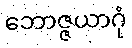
ဘောဇ္ဇယာဂုံ